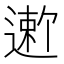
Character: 𬨻